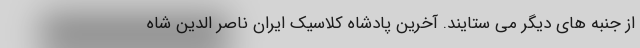
از جنبه های دیگر می ستایند. آخرین پادشاه کلاسیک ایران ناصر الدین شاه